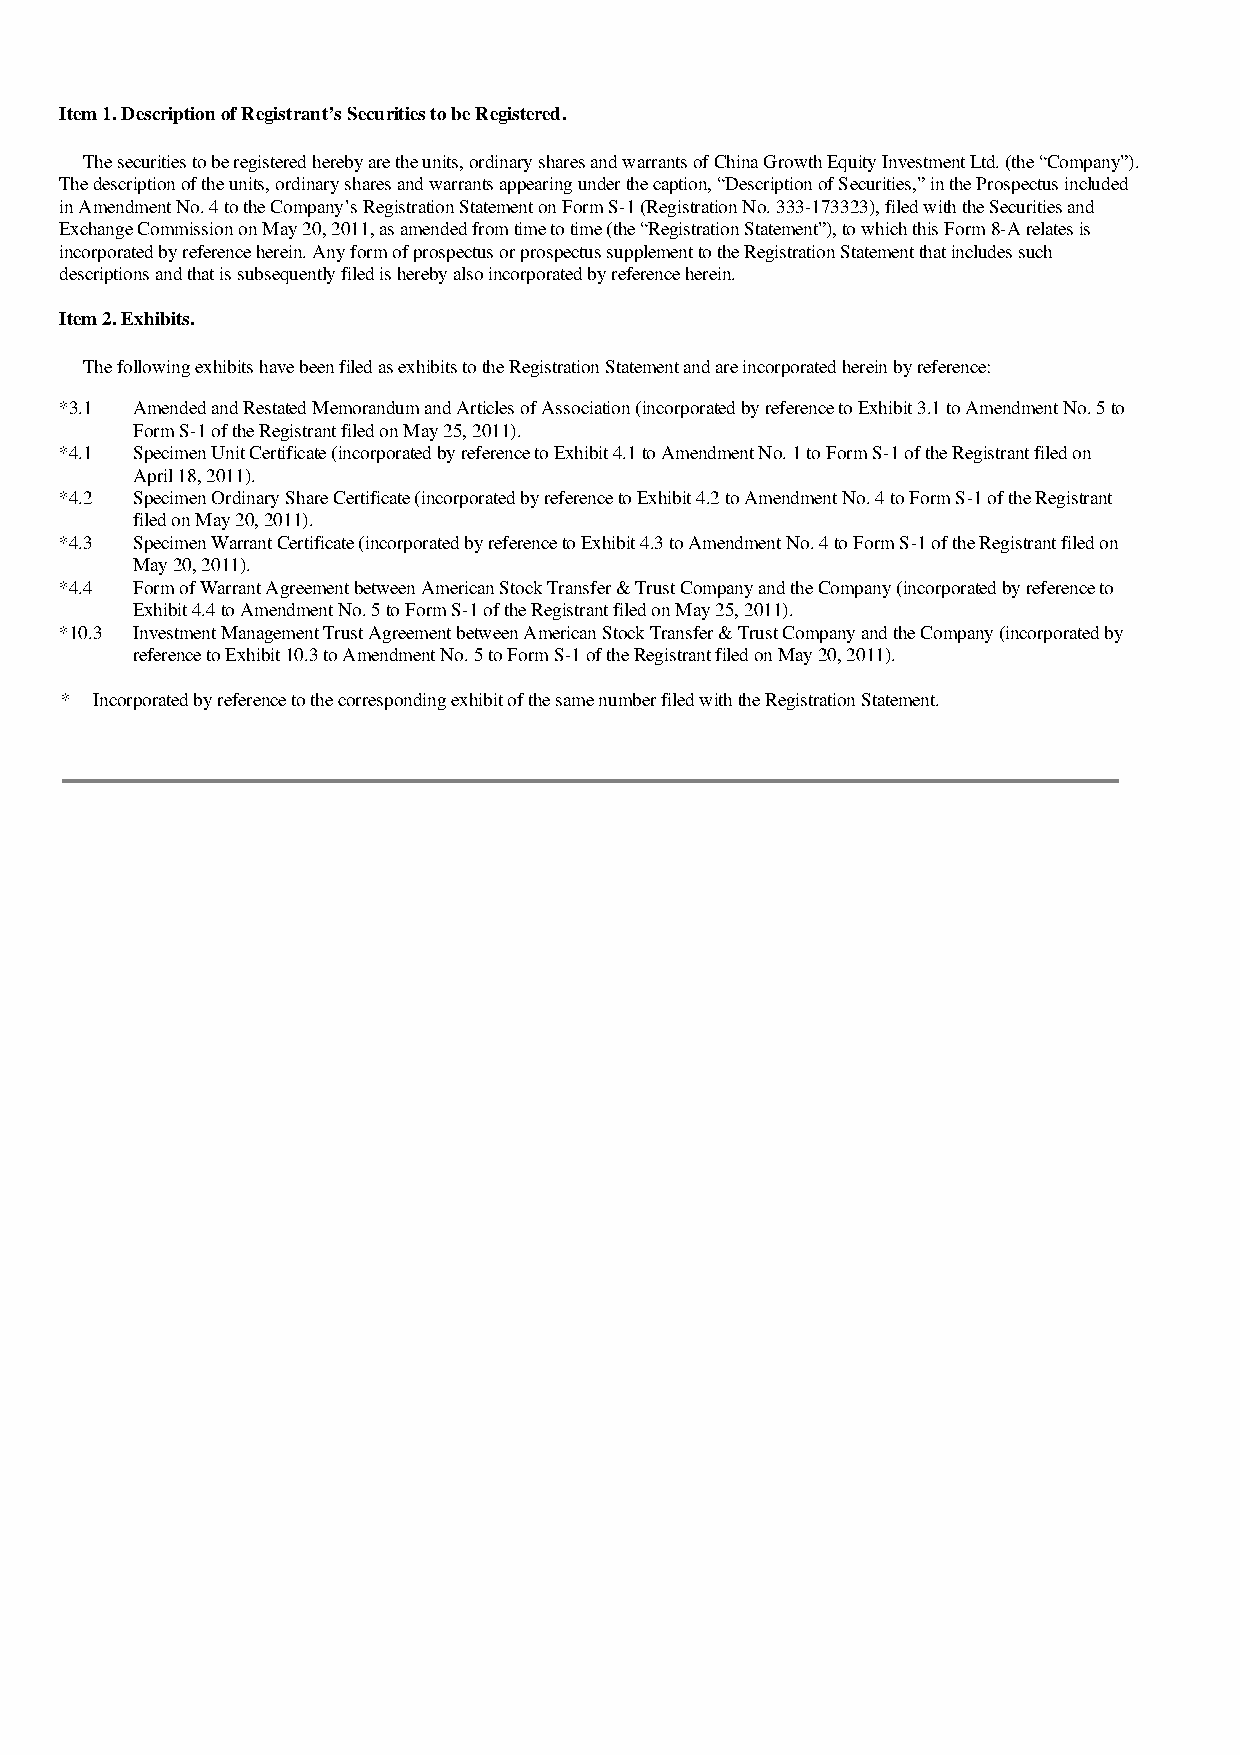
Item 1. Description of Registrant’s Securities to be Registered.
 The securities to be registered hereby are the units, ordinary shares and warrants of China Growth Equity Investment Ltd. (the “Company”).
 The description of the units, ordinary shares and warrants appearing under the caption, “Description of Securities,” in the Prospectus included
 in Amendment No. 4 to the Company’s Registration Statement on Form S-1 (Registration No. 333-173323), filed with the Securities and
 Exchange Commission on May 20, 2011, as amended from time to time (the “Registration Statement”), to which this Form 8-A relates is
 incorporated by reference herein. Any form of prospectus or prospectus supplement to the Registration Statement that includes such
 descriptions and that is subsequently filed is hereby also incorporated by reference herein.
 Item 2. Exhibits.
 The following exhibits have been filed as exhibits to the Registration Statement and are incorporated herein by reference:
 *3.1 Amended and Restated Memorandum and Articles of Association (incorporated by reference to Exhibit 3.1 to Amendment No. 5 to
 Form S-1 of the Registrant filed on May 25, 2011).
 *4.1 Specimen Unit Certificate (incorporated by reference to Exhibit 4.1 to Amendment No. 1 to Form S-1 of the Registrant filed on
 April 18, 2011).
 *4.2 Specimen Ordinary Share Certificate (incorporated by reference to Exhibit 4.2 to Amendment No. 4 to Form S-1 of the Registrant
 filed on May 20, 2011).
 *4.3 Specimen Warrant Certificate (incorporated by reference to Exhibit 4.3 to Amendment No. 4 to Form S-1 of the Registrant filed on
 May 20, 2011).
 *4.4 Form of Warrant Agreement between American Stock Transfer & Trust Company and the Company (incorporated by reference to
 Exhibit 4.4 to Amendment No. 5 to Form S-1 of the Registrant filed on May 25, 2011).
 *10.3 Investment Management Trust Agreement between American Stock Transfer & Trust Company and the Company (incorporated by
 reference to Exhibit 10.3 to Amendment No. 5 to Form S-1 of the Registrant filed on May 20, 2011).
 * Incorporated by reference to the corresponding exhibit of the same number filed with the Registration Statement.